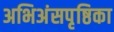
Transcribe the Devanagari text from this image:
अभिअंसपृष्ठिका